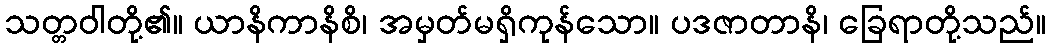
သတ္တဝါတို့၏။ ယာနိကာနိစိ၊ အမှတ်မရှိကုန်သော။ ပဒဇာတာနိ၊ ခြေရာတို့သည်။